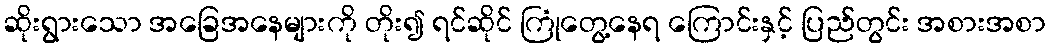
ဆိုးရွားသော အခြေအနေများကို တိုး၍ ရင်ဆိုင် ကြုံတွေ့နေရ ကြောင်းနှင့် ပြည်တွင်း အစားအစာ